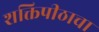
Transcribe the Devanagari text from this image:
शक्तिपीठाचा